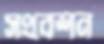
সংবেশন